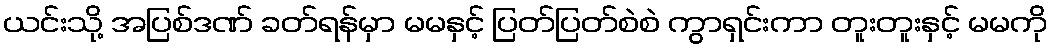
ယင်းသို့ အပြစ်ဒဏ် ခတ်ရန်မှာ မမနှင့် ပြတ်ပြတ်စဲစဲ ကွာရှင်းကာ တူးတူးနှင့် မမကို